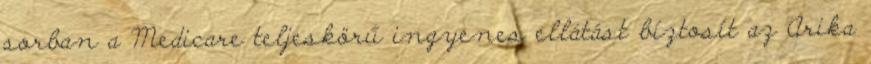
sorban a Medicare teljeskörű ingyenes ellátást bíztosít az Arika